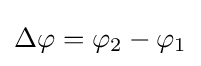
\Delta \varphi =\varphi _{2}-\varphi _{1}